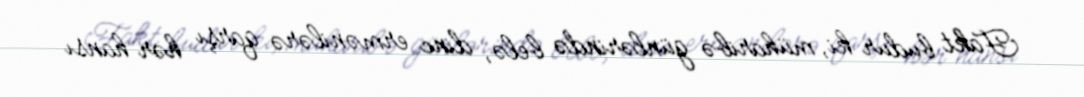
Fakt budur ki, müharibə günlərində belə, dinc ermənilərə qarşı hər hansı